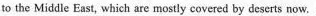
to the Middle East, which are mostly covered by deserts now.